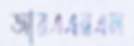
আরএএনএল